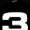
Digit: 3